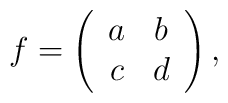
f = \left( \begin{array}{cc}a & b\\c & d\end{array}\right),